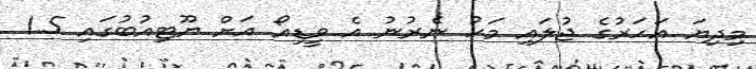
މިދިޔަ އަހަރުގެ ޖުލައި މަހު ނެރުނު އެ ވީޑިއޯ އަށް ޔޫޓިއުބުގައި 1.5